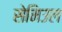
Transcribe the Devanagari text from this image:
सेमिउल